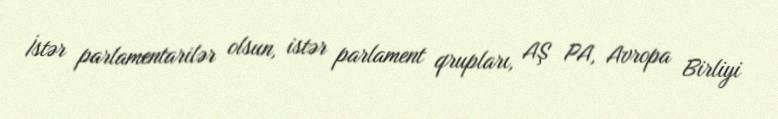
İstər parlamentarilər olsun, istər parlament qrupları, AŞ PA, Avropa Birliyi